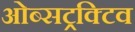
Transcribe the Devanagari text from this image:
ओब्सट्रक्टिव